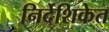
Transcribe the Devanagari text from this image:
निर्देशिकेत